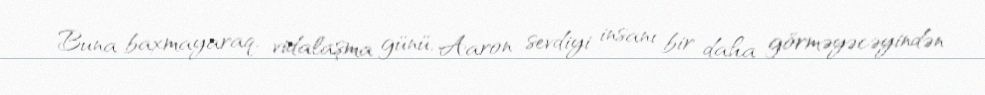
Buna baxmayaraq, vidalaşma günü, Aaron sevdiyi insanı bir daha görməyəcəyindən